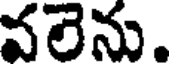
వలెను.